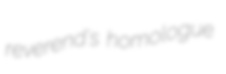
reverend's homologue